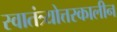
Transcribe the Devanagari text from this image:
स्वातंत्र्योत्तरकालीन